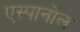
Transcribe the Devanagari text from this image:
एस्‍पानोल